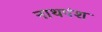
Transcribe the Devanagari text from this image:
नाथपंश